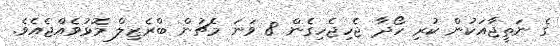
ގެ ނަތީޖާއަކުން ކުރި ހޯދާ ޖެހިޖެހިގެން 8 ވަނަ މެޗުން ބްރެޒިލް މޮޅުވެއްޖެއެވެ.